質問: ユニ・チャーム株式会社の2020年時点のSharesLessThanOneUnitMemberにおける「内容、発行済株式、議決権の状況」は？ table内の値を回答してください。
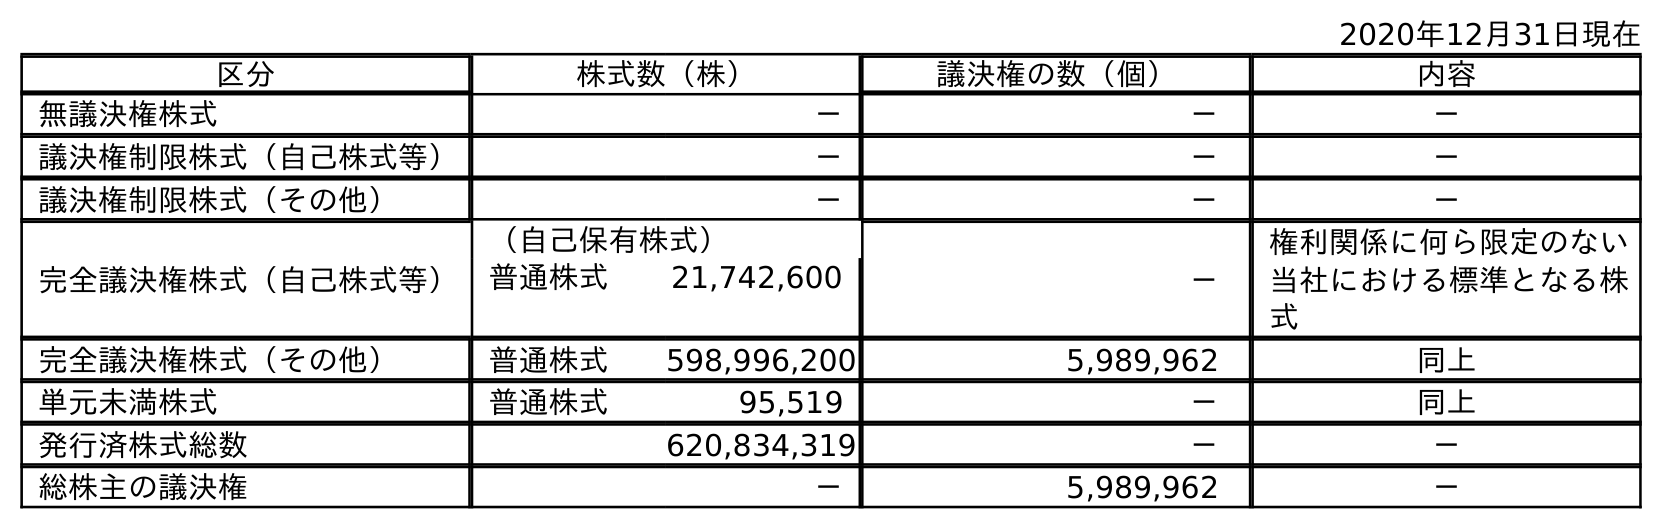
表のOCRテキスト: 2020年12月31日現在 区分 株式数（株） 議決権の数（個） 内容 無議決権株式 － － － 議決権制限株式（自己株式等） － － － 議決権制限株式（その他） － － － 完全議決権株式（自己株式等） （自己保有株式） － 権利関係に何ら限定のない 当社における標準となる株 式 普通株式 21,742,600 完全議決権株式（その他） 普通株式 598,996,200 5,989,962 同上 単元未満株式 普通株式 95,519 － 同上 発行済株式総数 620,834,319 － － 総株主の議決権 － 5,989,962 －
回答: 同上